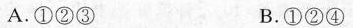
A.①②③ B.①②④